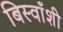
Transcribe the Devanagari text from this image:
बिस्वाँशी